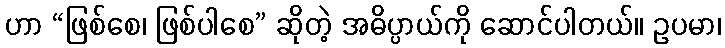
ဟာ “ဖြစ်စေ၊ ဖြစ်ပါစေ” ဆိုတဲ့ အဓိပ္ပာယ်ကို ဆောင်ပါတယ်။ ဥပမာ၊